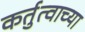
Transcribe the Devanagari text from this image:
कर्तुत्वाच्या